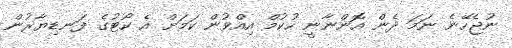
ނުޖެހޭނެ ނަމަ ދެން އޮންނާނީ ހުކުމް އިއްވުން ކަމަށް އެ ކޯޓުގެ ފަނޑިޔާރުން